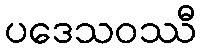
ပဒေသဝဿီ